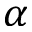
\alpha